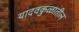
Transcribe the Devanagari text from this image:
यादवकुळातील